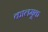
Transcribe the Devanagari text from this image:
कालमूक